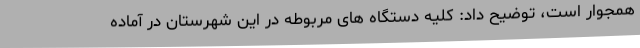
همجوار است، توضیح داد: کلیه دستگاه های مربوطه در این شهرستان در آماده